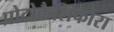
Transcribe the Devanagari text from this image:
प्रोटोकैलिफोरा